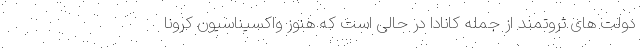
دولت های ثروتمند از جمله کانادا در حالی است که هنوز واکسیناسیون کرونا